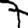
Digit: 7